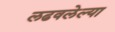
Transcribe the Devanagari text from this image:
लढवलेल्या